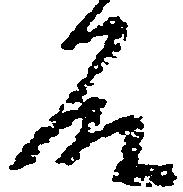
殿